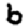
Digit: 6